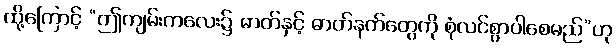
ထို့ကြောင့် “ဤကျမ်းကလေး၌ ဓာတ်နှင့် ဓာတ်နက်တွေကို စုံလင်စွာပါစေမည်”ဟု